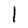
Character: l